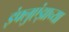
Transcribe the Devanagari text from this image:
इंफ्लुएंझाच्या